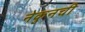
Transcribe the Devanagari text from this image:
नेकुनची